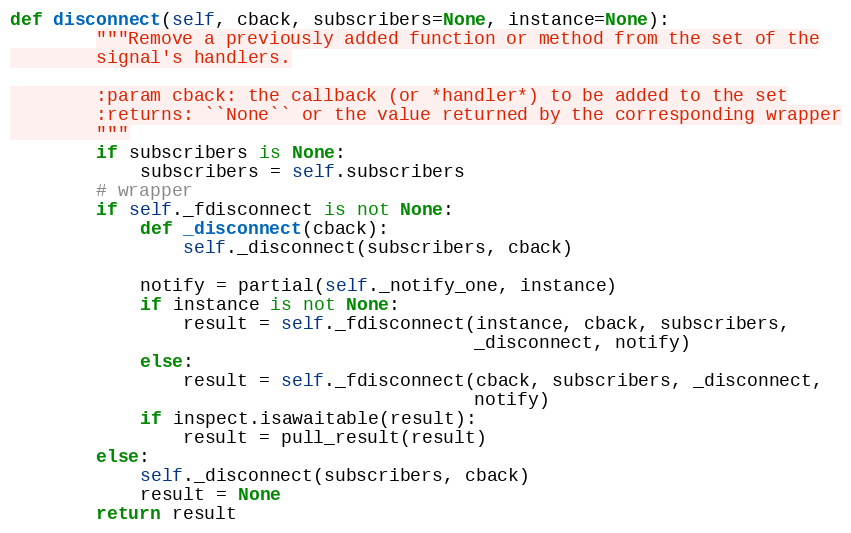
Language: Python
def disconnect(self, cback, subscribers=None, instance=None):
        """Remove a previously added function or method from the set of the
        signal's handlers.

        :param cback: the callback (or *handler*) to be added to the set
        :returns: ``None`` or the value returned by the corresponding wrapper
        """
        if subscribers is None:
            subscribers = self.subscribers
        # wrapper
        if self._fdisconnect is not None:
            def _disconnect(cback):
                self._disconnect(subscribers, cback)

            notify = partial(self._notify_one, instance)
            if instance is not None:
                result = self._fdisconnect(instance, cback, subscribers,
                                           _disconnect, notify)
            else:
                result = self._fdisconnect(cback, subscribers, _disconnect,
                                           notify)
            if inspect.isawaitable(result):
                result = pull_result(result)
        else:
            self._disconnect(subscribers, cback)
            result = None
        return result